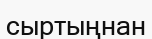
сыртыңнан